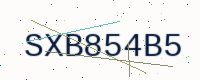
Text: SXB854B5